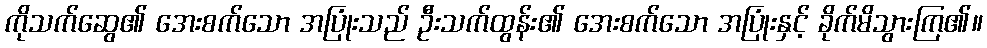
ကိုသက်ဆွေ၏ အေးစက်သော အပြုံးသည် ဦးသက်ထွန်း၏ အေးစက်သော အပြုံးနှင့် ခိုက်မိသွားကြ၏။